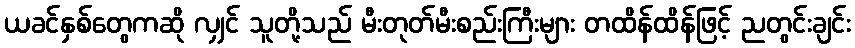
ယခင်နှစ်တွေကဆို လျှင် သူတို့သည် မီးတုတ်မီးစည်းကြီးများ တထိန်ထိန်ဖြင့် ညတွင်းချင်း